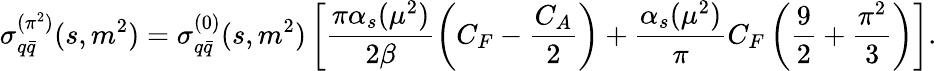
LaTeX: \sigma_{q\bar{q}}^{(\pi^{2})}(s,m^{2})=\sigma_{q\bar{q}}^{(0)}(s,m^{2})\left[\frac{\pi\alpha_{s}(\mu^{2})}{2\beta}\left(C_{F}-\frac{C_{A}}{2}\right)+\frac{\alpha_{s}(\mu^{2})}{\pi}C_{F}\left(\frac{9}{2}+\frac{\pi^{2}}{3}\right)\right].